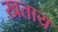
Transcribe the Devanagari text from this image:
खताय